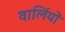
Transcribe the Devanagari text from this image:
वार्लियों